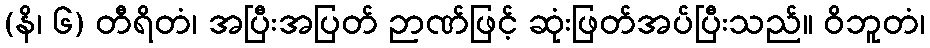
(နိ၊ ၆) တီရိတံ၊ အပြီးအပြတ် ဉာဏ်ဖြင့် ဆုံးဖြတ်အပ်ပြီးသည်။ ဝိဘူတံ၊